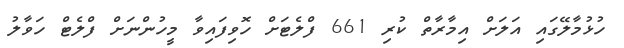
ހުޅުމާލޭގައި އަލަށް އިމާރާތް ކުރި 661 ފްލެޓަށް ހޮވިފައިވާ މީހުންނަށް ފްލެޓް ހަވާލު